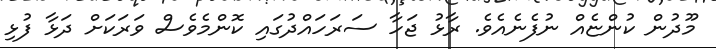
މޫދުން ކުންޏެއް ނުފެނެއެވެ. ރާޅު ޖަހާ ސަރަހައްދުގައި ކޮންމެވެސް ވަރަކަށް ދަޅާ ފުޅި